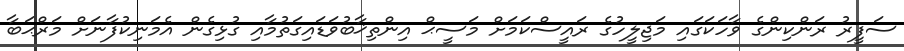
ސަފީރު ރަންކިންގެ ވާހަކަގައި މަޖިލީހުގެ ރައީސްކަމަށް މަސީޙް އިންތިޚާބުވަޑައިގަތުމާއި ގުޅިގެން އެމަނިކުފާނަށް މަރްޙަބާ